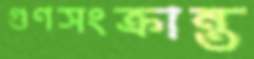
গুণসংক্রান্ত